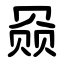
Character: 赑